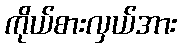
ကိုယ်စားလှယ်အား